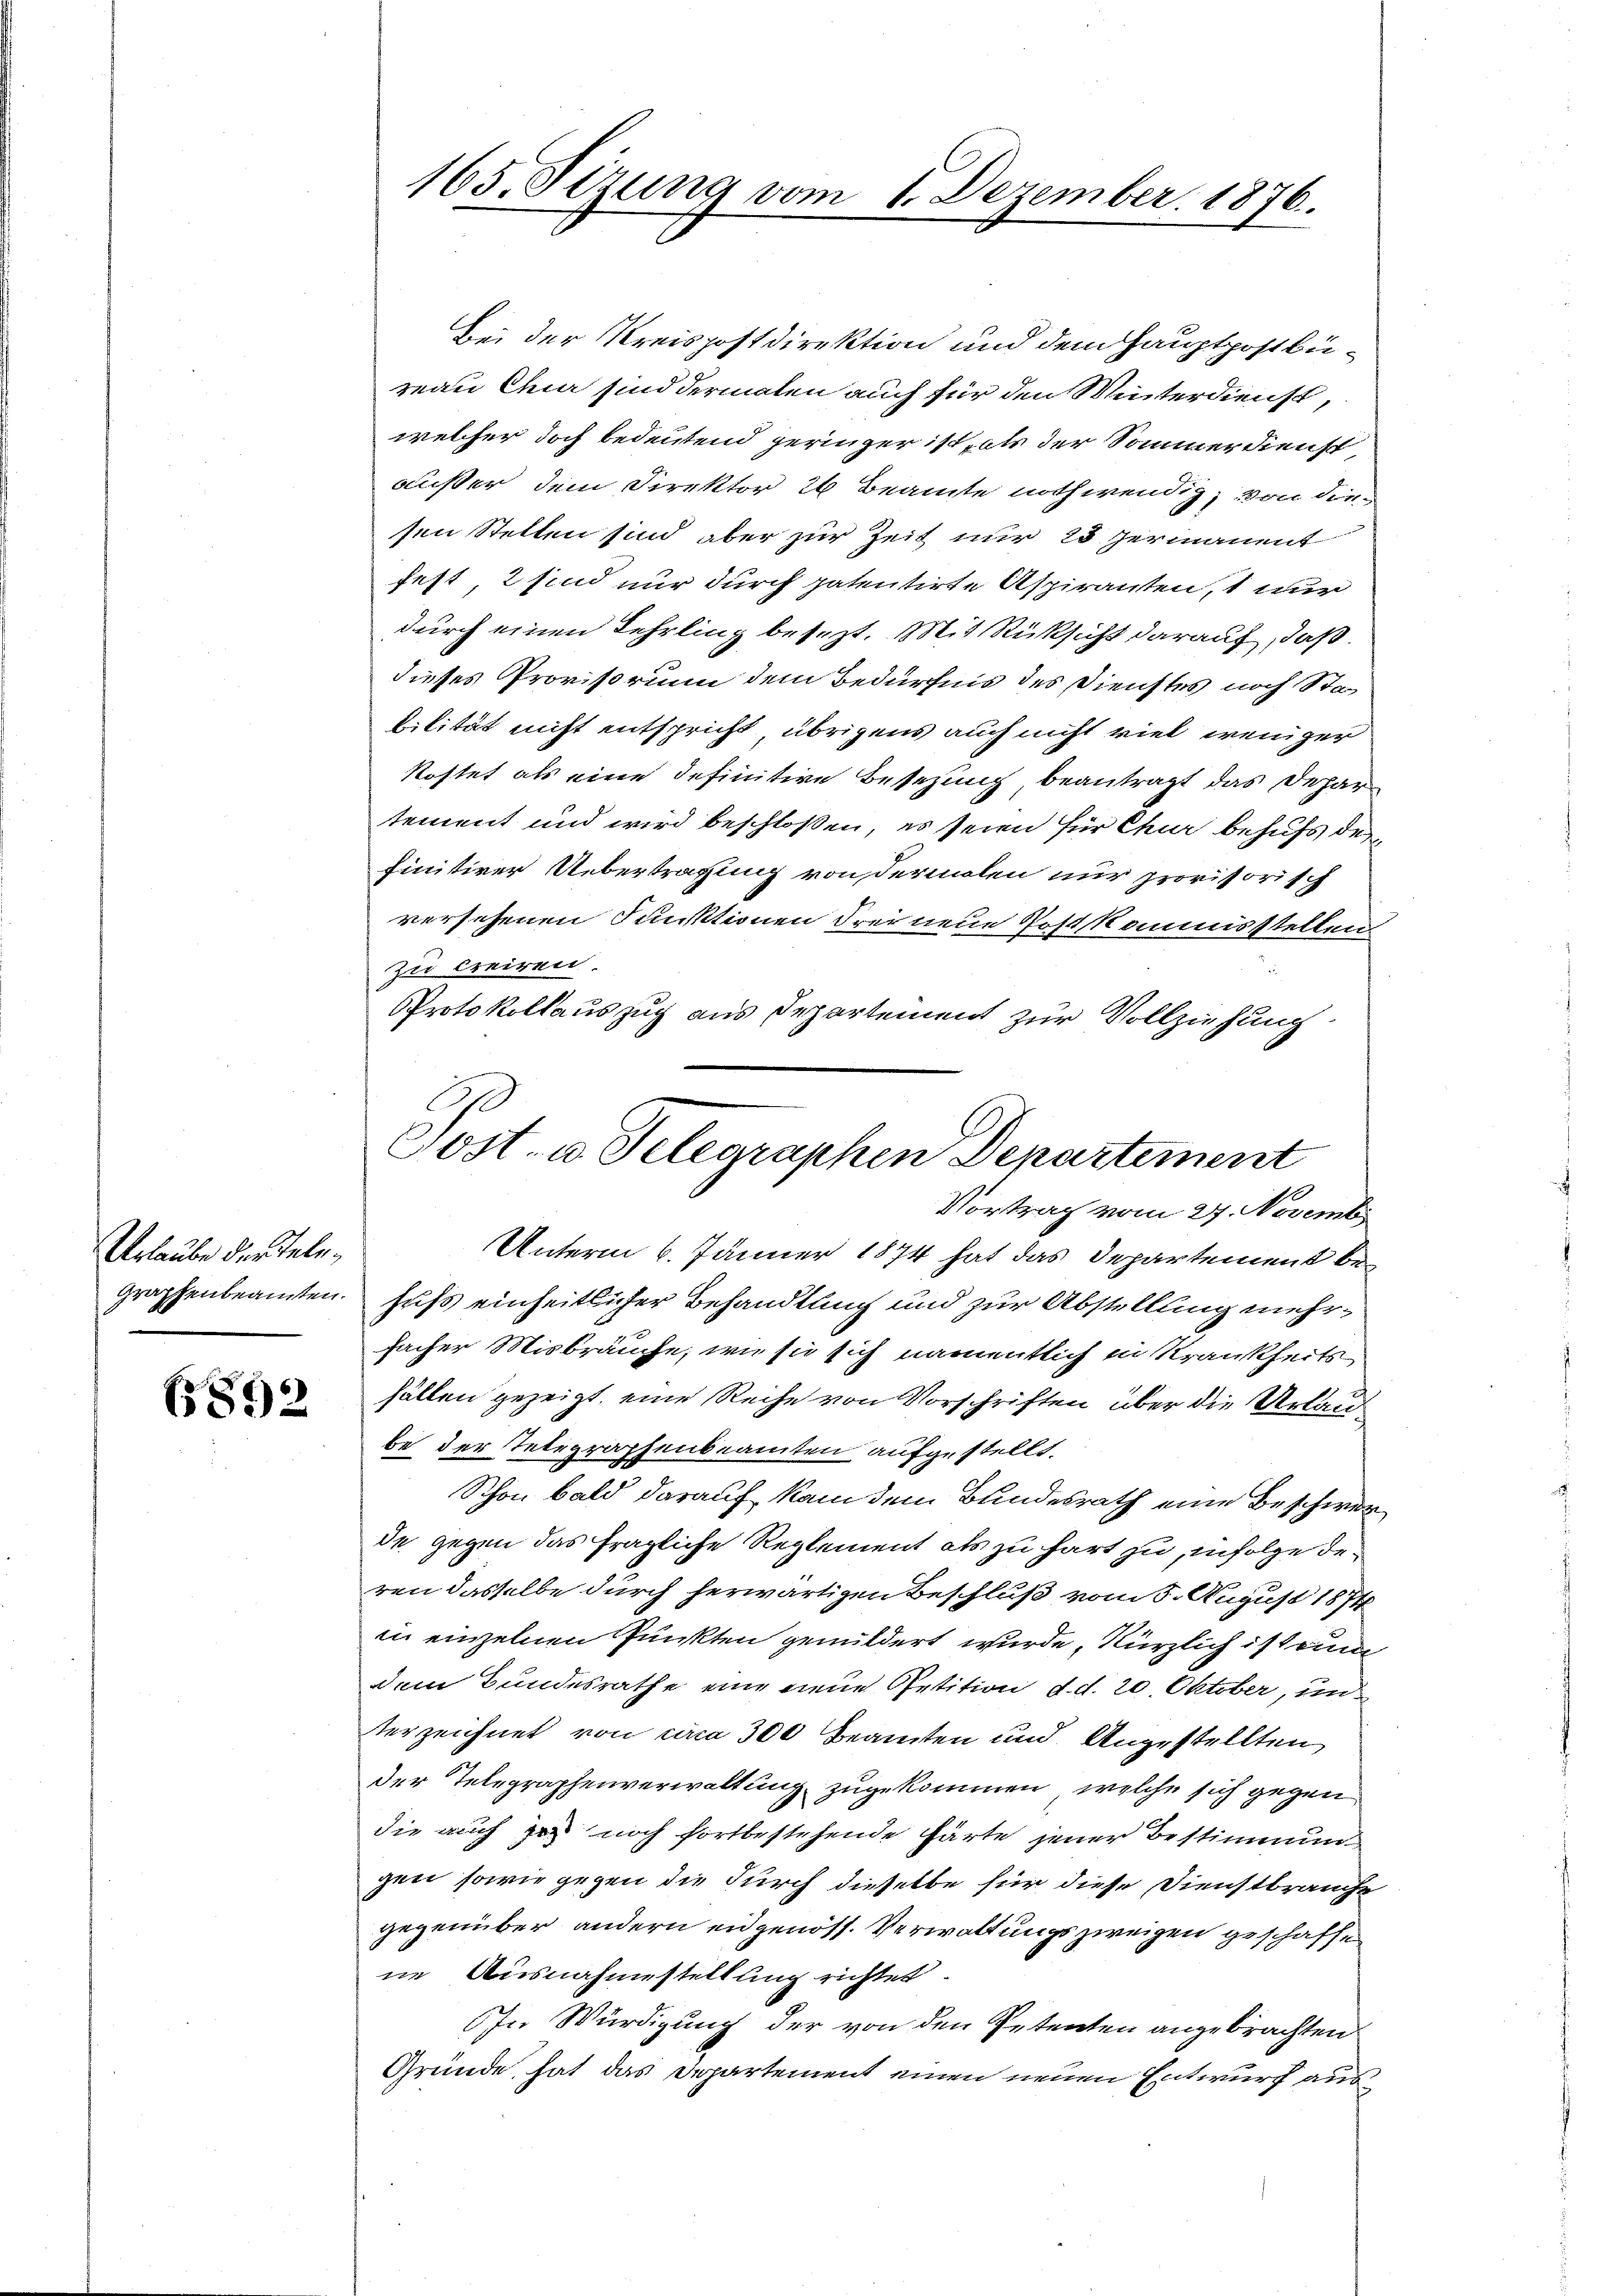
Urlaube der Telegraphenbeamten.

6892

165. Sizung vom 1. Dezember. 1876.

Bei der Kreispostdirektion und dem Hauptpostbü¬
Man Chur sind dermalen auch für den Winterdienst,
welcher doch bedeutend geringer ist als der Sommer dienst
außer dem Direktor 26 Beamte nothwendig, von die
sen Stellen sind aber zur Zeit nur 25 permanent
fest, 2 sind nur durch patentirte Aspiranten, nur
durch einen Lehrling besezt. Mit Rüksicht darauf, daß
dieses Provisorium dem Bedürfnis des Dienstes noch Stabilität nicht entspricht übrigens auch nicht viel weniger
kostet als eine definitive Besezung beantragt das Dehartement und wird beschloßen, es seien für Chur behufs des
finitiver Uebertragung von dermalen nur provisorisch
versehenen Funktionen drei neue Postkommisstellen
zu Aniren.
Protokollauszug aus Departement zur Vollziehung
Vortrag vom 27. Novemb
Unterm 6. Jänner 1874 hat das Departement behufs einheitlicher Behandlung und zur Abstellung mehrfacher Misbräuche, wie sie sich namentlich in Krankheits
fällen gezeigt, eine Reihe von Vorschriften über die Urlaube der Telegraphenbeamten aufgestellt.
Schon bald darauf kam dem Bundesrath eine Beschwerde gegen das fragliche Reglement als zu hart zu, infolge deren dasselbe durch herwärtigen Beschluß vom 5. August 1874
in einzelnen Punkten gemildert wurde, kürzlich ist zum
dem Bundesrathe eine neue Petition d. d. 20 Oktober, un
terzeichnet von circa 300 Beamten und Angestellten
der Telegraphenverwaltung zugekommen, welche sich gegen
die auch sei noch fortbestehende härte jener Bestimmun
gen, sowie gegen die durch dieselbe für diese Dienstbrauche
gegenüber andern eidgenöss. Verwaltungs zweigen geschaffe
ne Ausnahmestellung richtet.
6fr. Würdigung der von den Petenten angebrachten
Gründe hat das Departement einen neuen Entwurf aus¬

e
Post- u. Telegraphen Departement